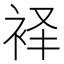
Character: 𫋷